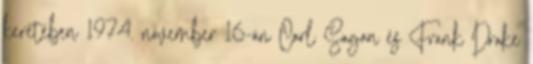
keretében 1974. november 16-án Carl Sagan és Frank Drake